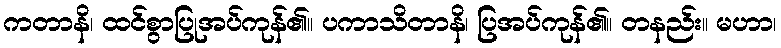
ကတာနိ၊ ထင်စွာပြုအပ်ကုန်၏။ ပကာသိတာနိ၊ ပြအပ်ကုန်၏။ တနည်း။ မဟာ၊